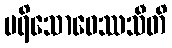
ပရိသောဓေဿသီတိ